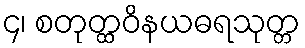
၄၊ စတုတ္ထဝိနယဓရသုတ္တ